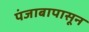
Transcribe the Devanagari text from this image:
पंजाबापासून